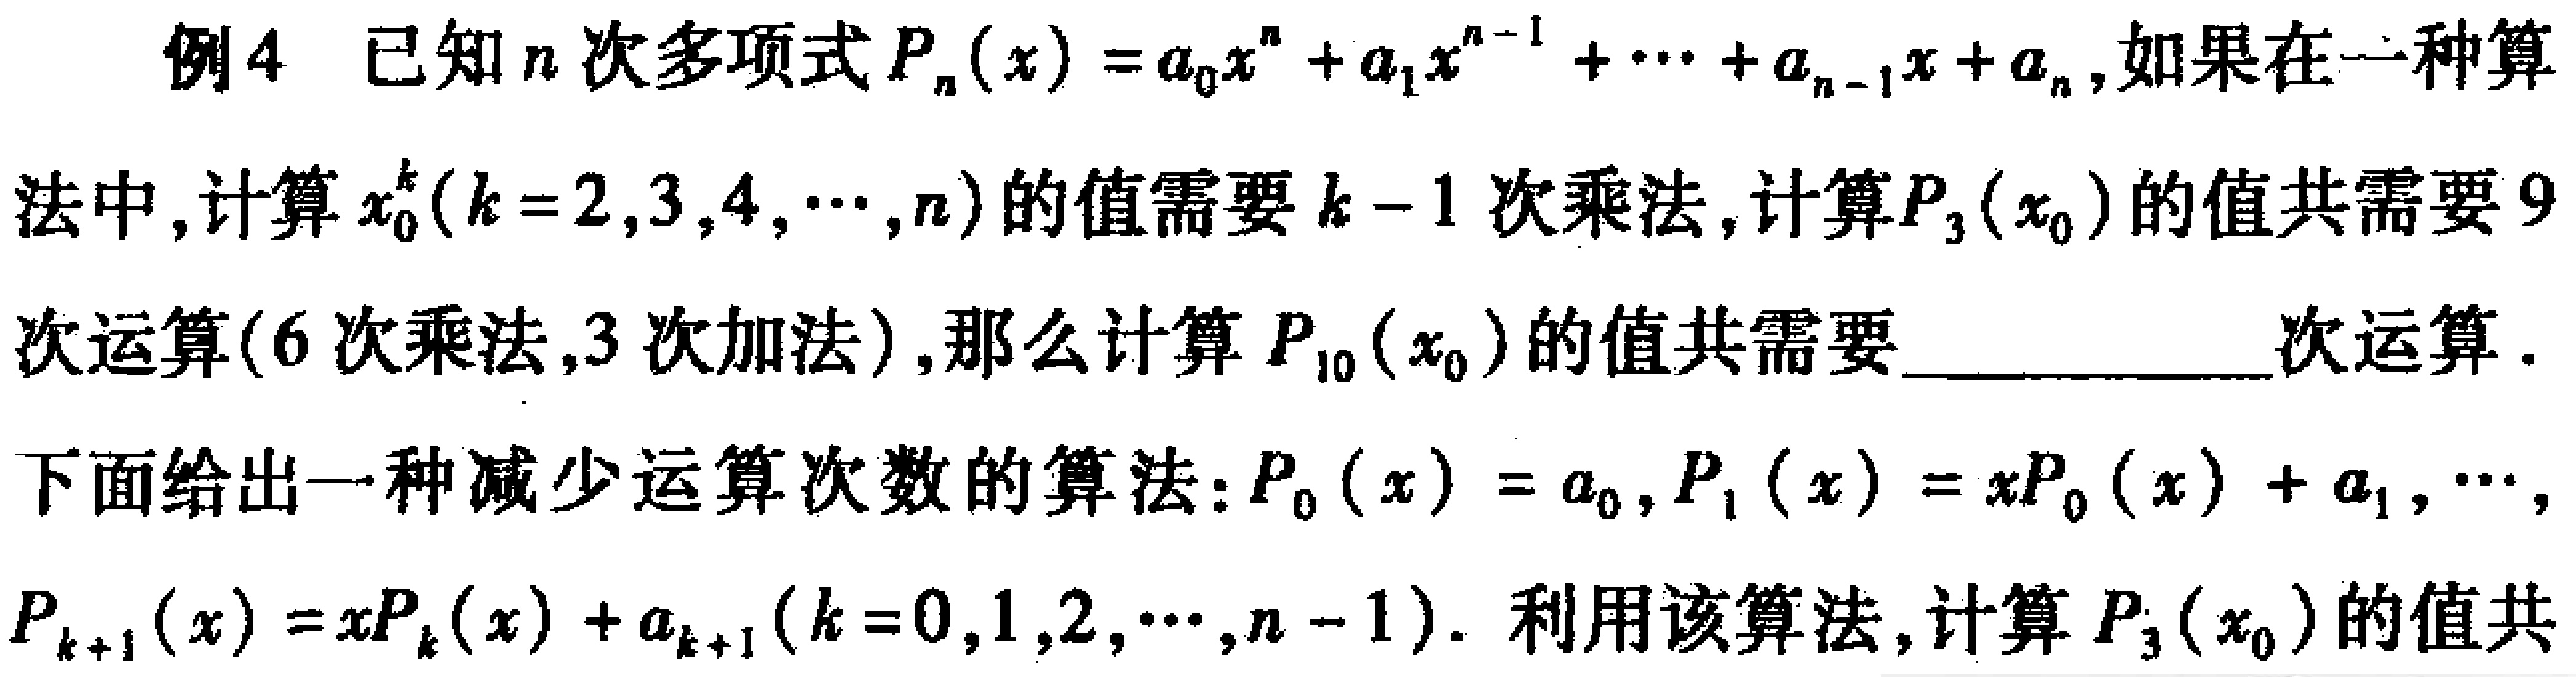
例4 已知\(n\)次多项式\(P_{n}(x)=a_{0}x^{n}+a_{1}x^{n - 1}+\cdots +a_{n - 1}x + a_{n}\)，如果在一种算法中，计算\(x_{0}^{k}(k = 2,3,4,\cdots,n)\)的值需要\(k - 1\)次乘法，计算\(P_{3}(x_{0})\)的值共需要\(9\)次运算(\(6\)次乘法，\(3\)次加法)，那么计算\(P_{10}(x_{0})\)的值共需要  次运算．

下面给出一种减少运算次数的算法：\(P_{0}(x)=a_{0}\)，\(P_{1}(x)=xP_{0}(x)+a_{1}\)，\(\cdots\)，\(P_{k + 1}(x)=xP_{k}(x)+a_{k + 1}(k = 0,1,2,\cdots,n - 1)\)．利用该算法，计算\(P_{3}(x_{0})\)的值共